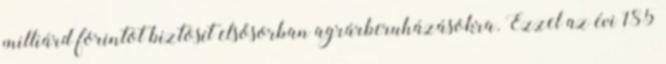
milliárd forintot biztosít elsősorban agrárberuházásokra. Ezzel az évi 185